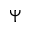
\Psi